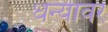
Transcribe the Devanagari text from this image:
धन्यावर